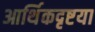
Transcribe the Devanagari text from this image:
आर्थिकदृष्टया